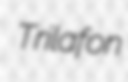
Trilafon